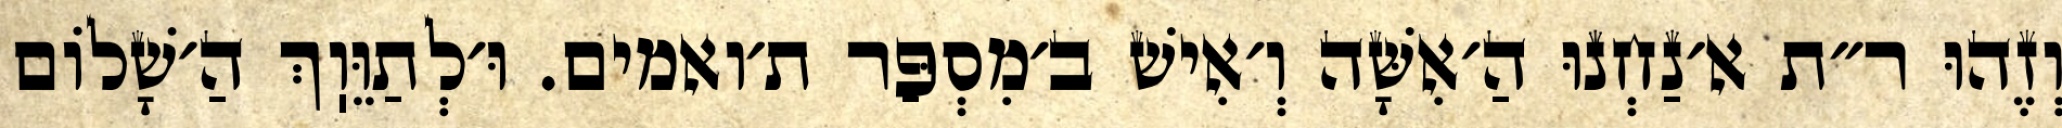
וְזֶהוּ ר״ת א׳נַחְנוּ הַ׳אִשָּׁה וְ׳אִישׁ ב׳מִסְפַּר ת׳ואמים. וּ׳לְתַוֵּוֽךְ הַ׳שָׁלוֹם